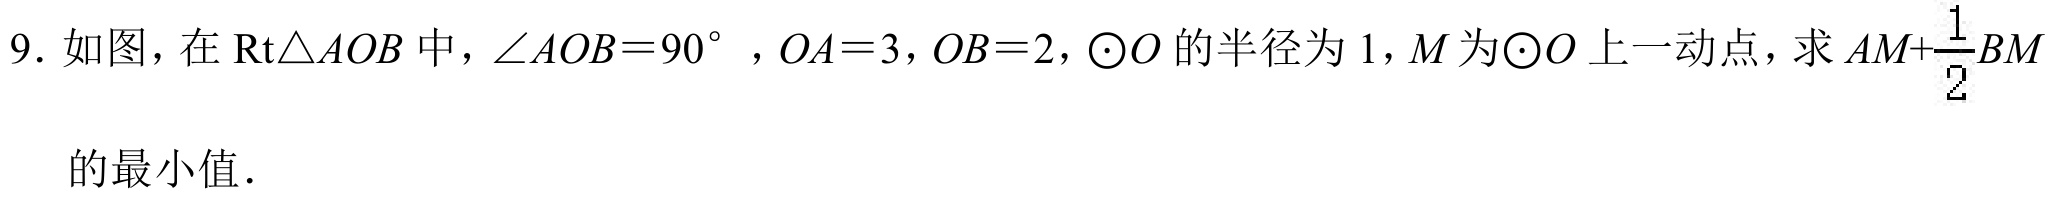
9. 如图，在\(\text{Rt}\triangle AOB\)中，\(\angle AOB = 90^{\circ}\)，\(OA = 3\)，\(OB = 2\)，\(\odot O\)的半径为\(1\)，\(M\)为\(\odot O\)上一动点，求\(AM+\dfrac{1}{2}BM\)
的最小值．